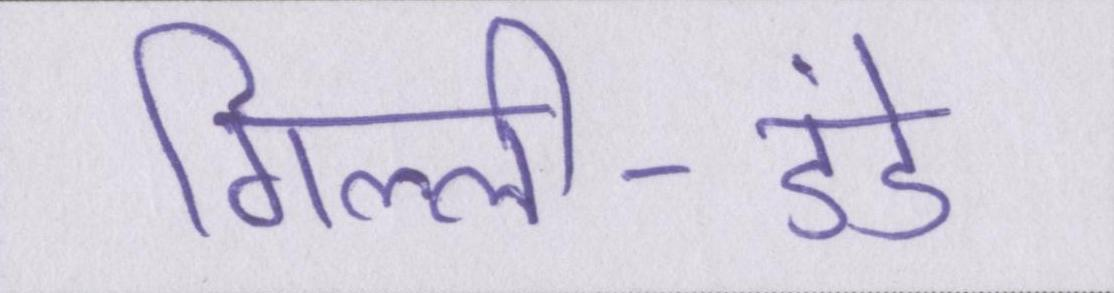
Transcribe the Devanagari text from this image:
गिल्ली-डंडे